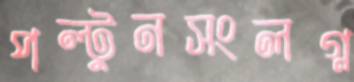
পল্টুনসংলগ্ন